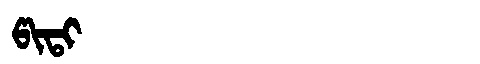
Manchu: ᡦᡳᡨᡳ
Romanization: PITI